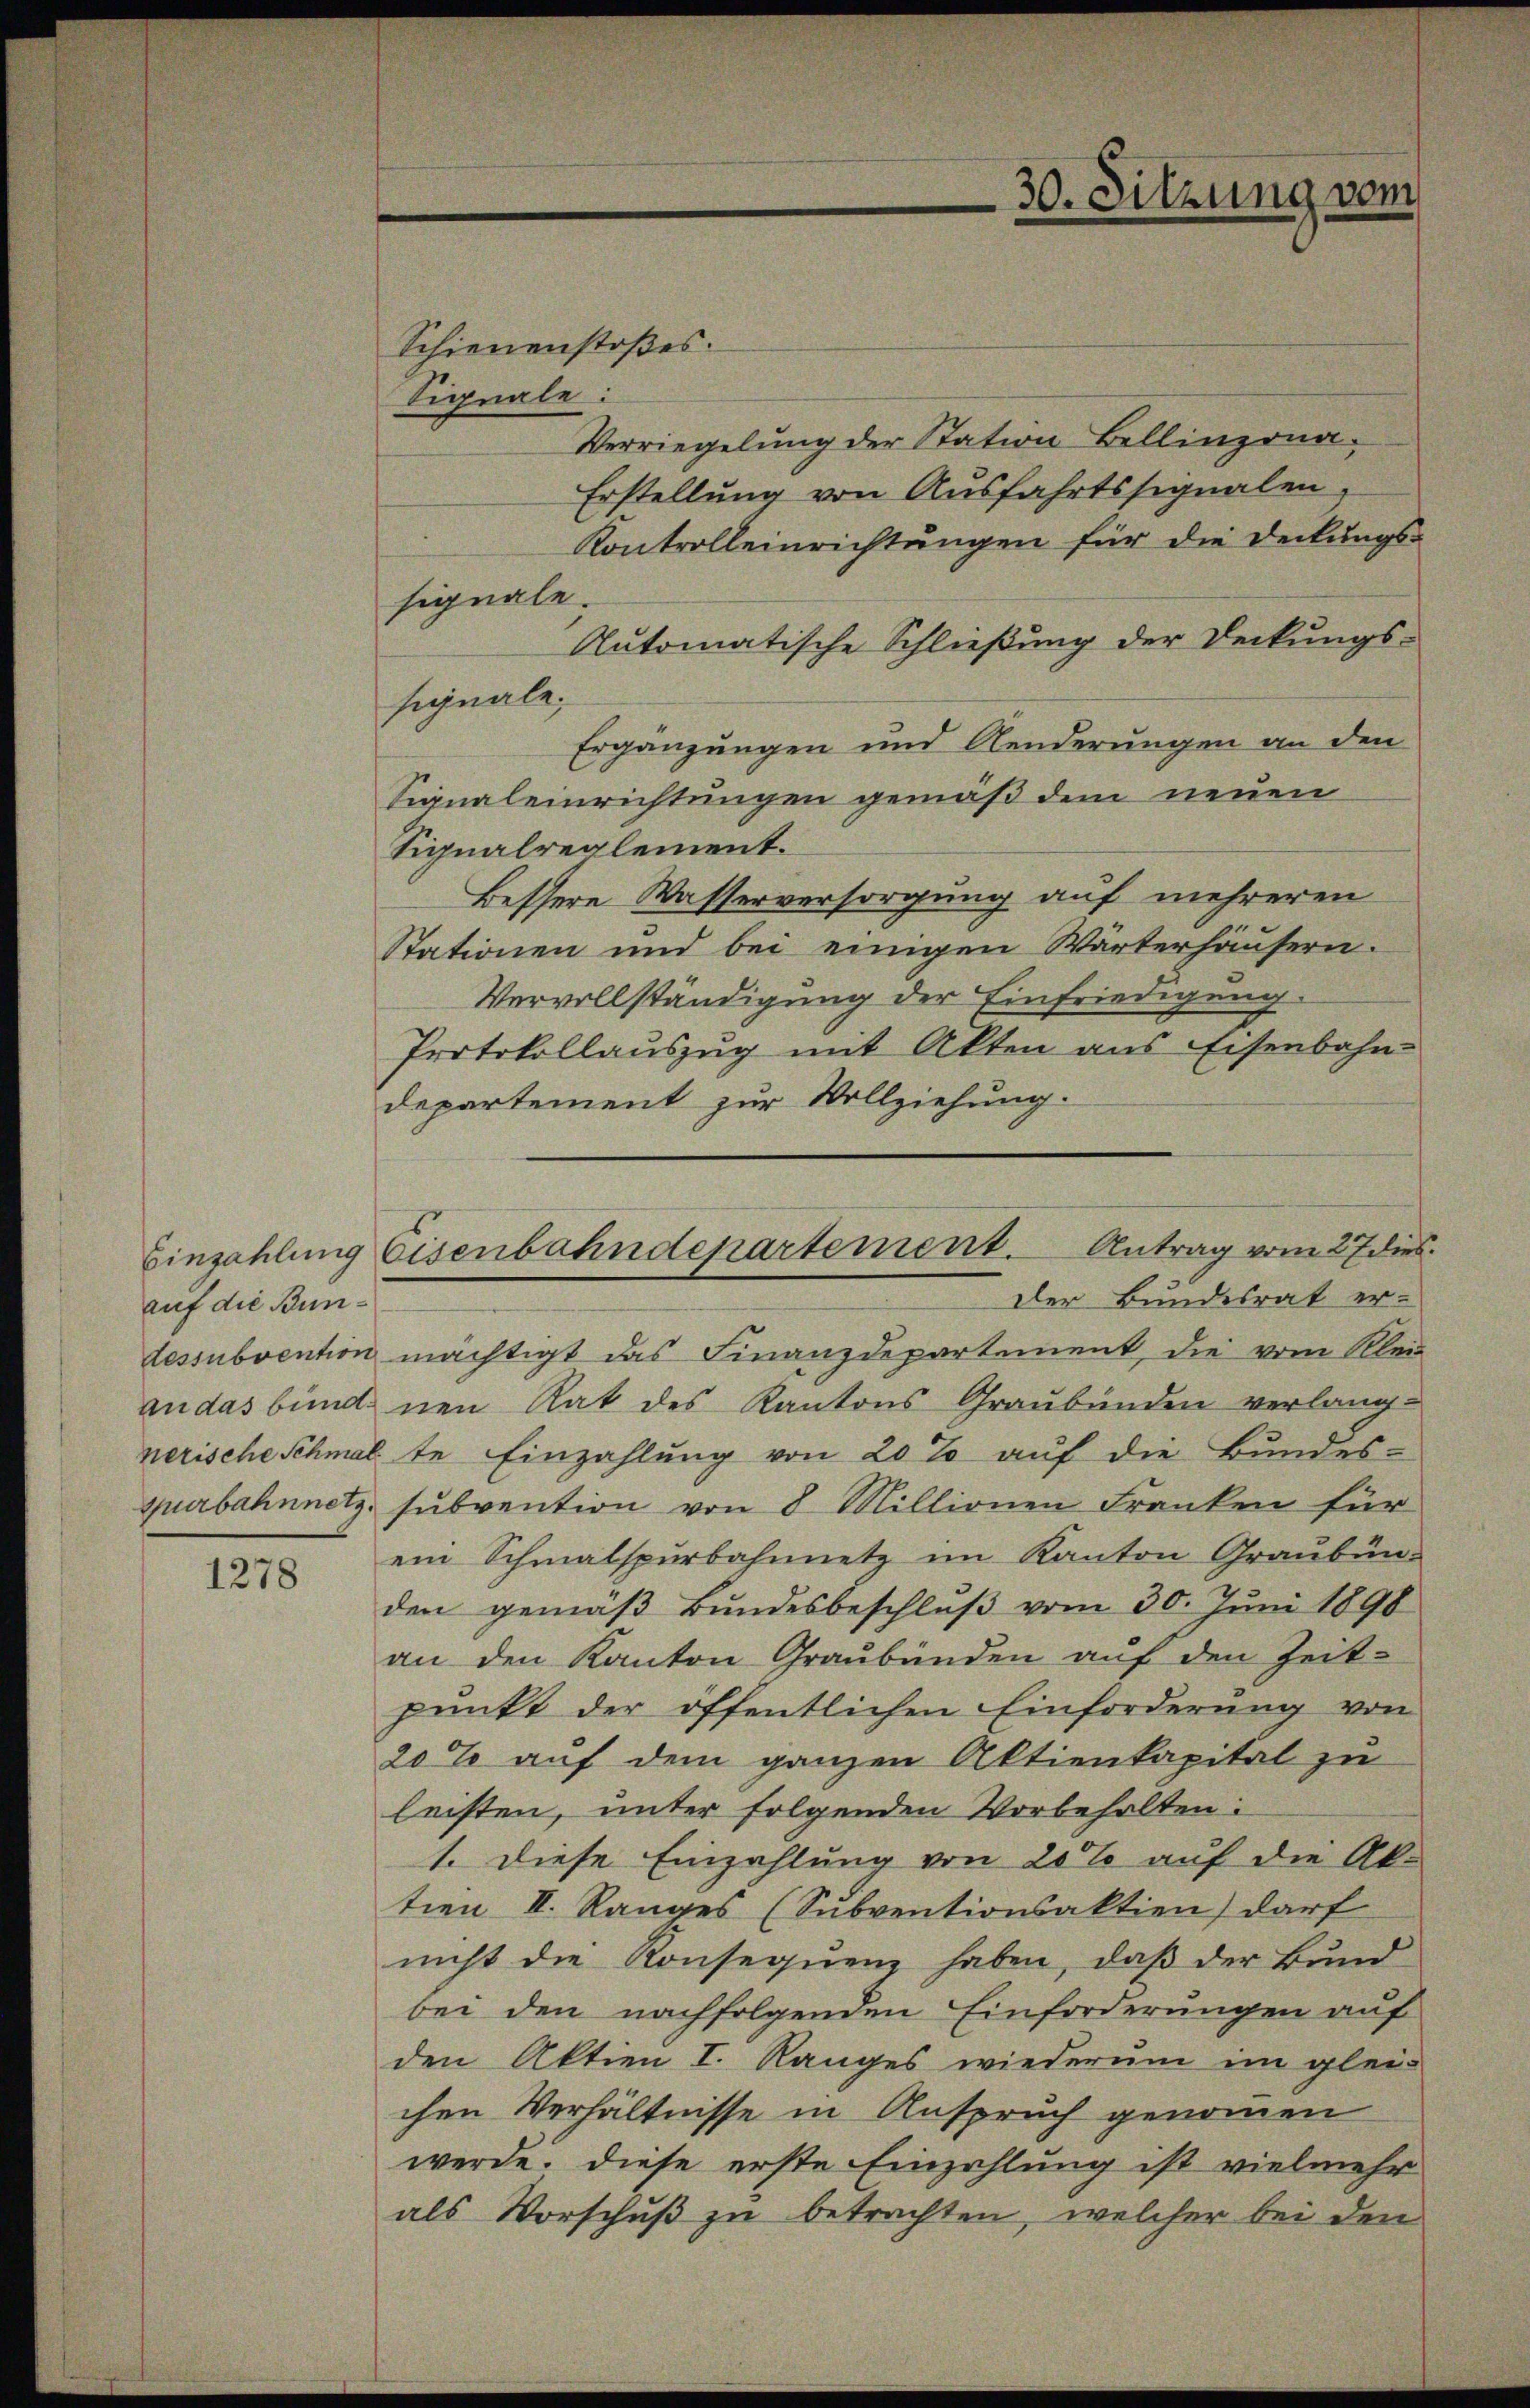
auf die Bunnerische Schmal

1278

Schienenstoßes.
Signale:
Verriegelung der Station Bellinzona¬
Erstellung von Ausfahrtssignalen,
Kontrolleinrichtungen für die Deckungssignale.
Automatische Schließung der Deckungs-
signale,
Ergänzungen und Aenderungen an den
Signaleinrichtungen gemäß dem neuen
Signalreglement.
Bessere Wasserversorgung auf mehreren
Stationen und bei einigen Wärterhäusern.
Vervollständigung der Einfriedigung.
Protokollauszug mit Akten aus Eisenbahn-
departement zur Vollziehung.
dessubvention mächtigt das Finanzdepartement, die vom Klein
andas bund nen Rat des Kantons Graubünden verlang-
te Einzahlung von 20% auf die Bundes-
spurbahnnetz, subvention von 8 Millionen Franken für
ein Schmalspurbahnnetz im Kanton Graubünden gemäβ Bŭndesbeschlŭβ vom 30. Jŭni 1898
an den Kanton Graubünden auf den Zeit-
punkt der öffentlichen Einforderung von
20% auf dem ganzen Aktienkapital zu
leisten, unter folgenden Vorbehalten:
1. Diese Einzahlung von 20% auf die Ak-
tien II. Ranges (Subventionsaktien) darf
nicht die Konsequenz haben, daß der Bund
bei den nachfolgenden Einforderungen auf
den Aktien I. Ranges wiederum im glei-
chen Verhältnisse in Anspruch genommen
werde. Diese erste Einzahlung ist vielmehr
als Vorschuß zu betrachten, welcher bei den

30. Sitzung vom

Einzahlung Eisenbahndepartement. Antrag vom 27 dies
Der Bundesrat er-